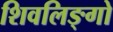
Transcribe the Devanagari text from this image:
शिवलिङ्गो